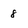
Character: 8